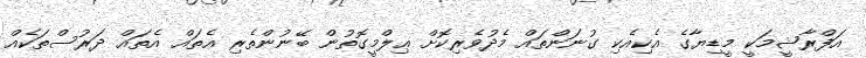
އަފްރާޝީމަކީ މީޑިޔާގެ އެކިއެކި ގުނަންތައް މެދުވެރިކޮށް ޢިލްމީގޮތުން ބޭނުންތެރި އެތައް އެތައް ދަރުސްތަކެއް